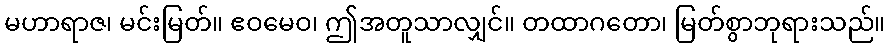
မဟာရာဇ၊ မင်းမြတ်။ ဧဝမေဝ၊ ဤအတူသာလျှင်။ တထာဂတော၊ မြတ်စွာဘုရားသည်။